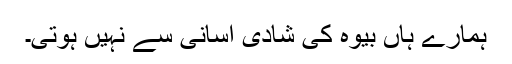
ہمارے ہاں بیوہ کی شادی آسانی سے نہیں ہوتی۔